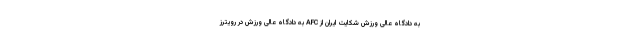
به دادگاه عالی ورزش شکایت ایران از AFC به دادگاه عالی ورزش در رویترز